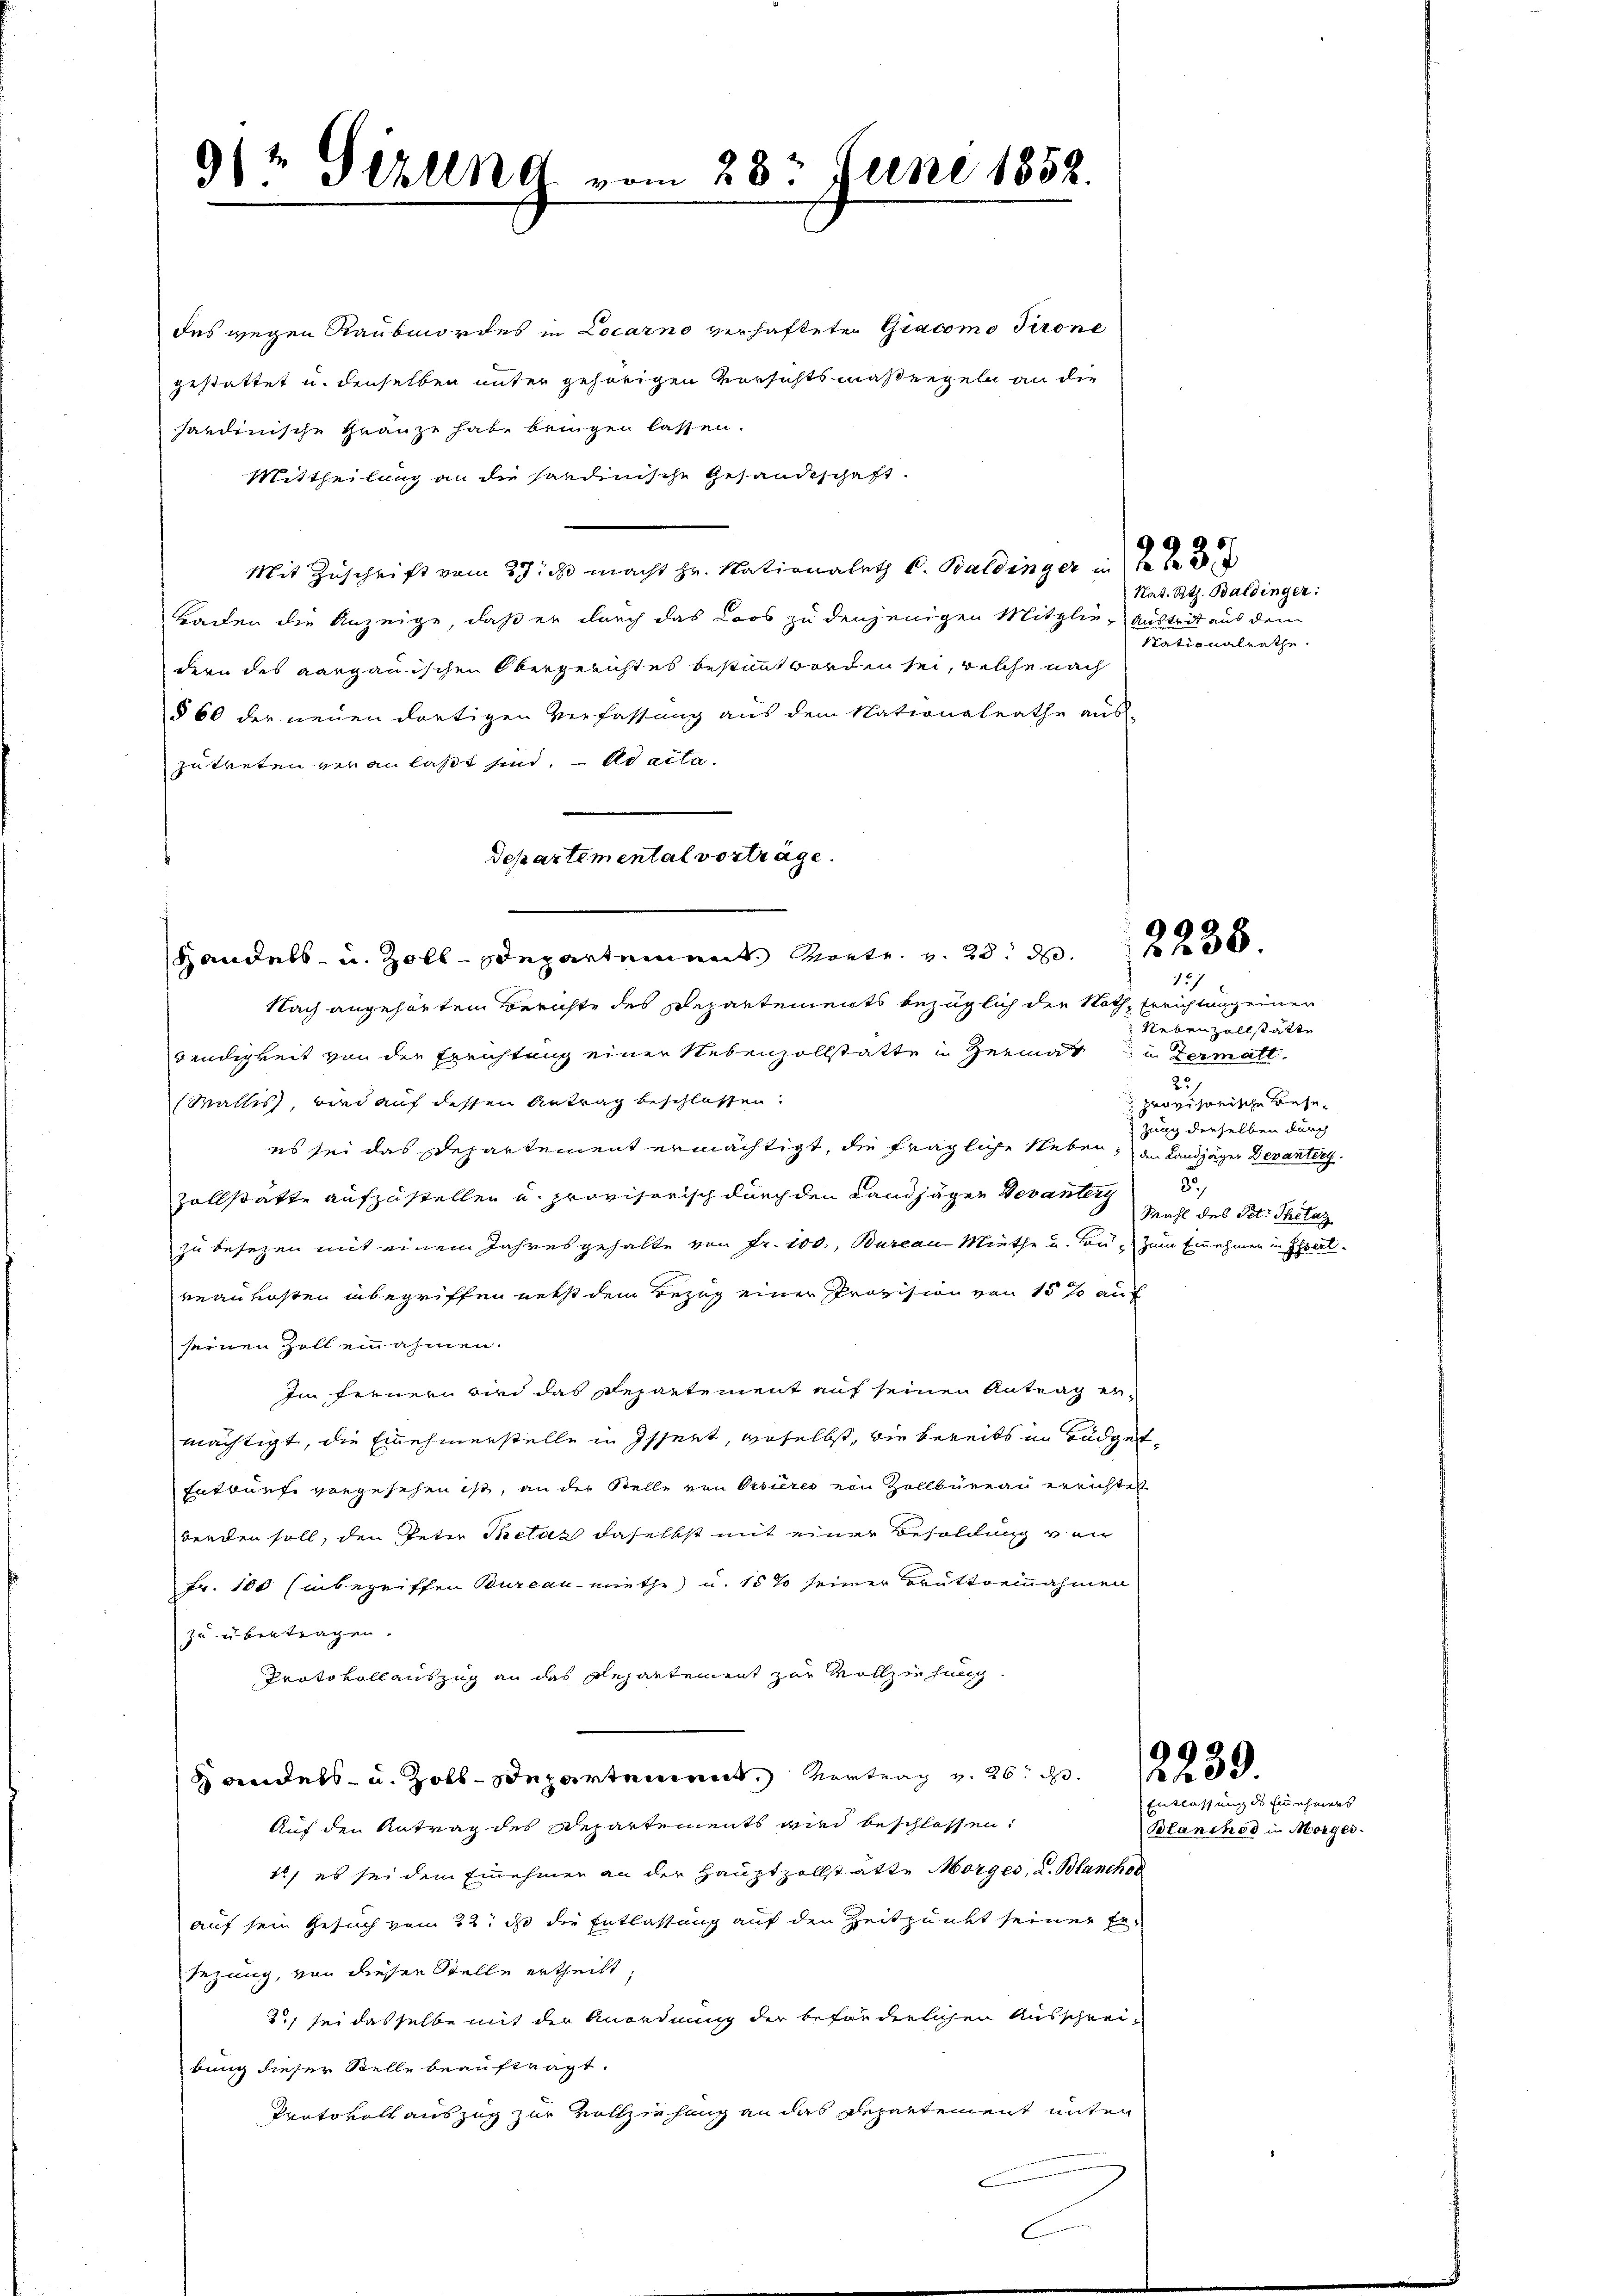
9/2 Gezung vom 28t Juni 1858.

des wegen Raubmordes in Locarno verhaftete Giacomo Tirone
gestattet u. denselben unter gehörigen Versichtsmaßregeln an die
hardinische Grauze habe bringen lassen.
Mittheilung an die sardinische Gesandtschaft.
Mit Zuschrift vom 29. ds. macht Hr. Nationaleth v. Baldinger
Baden die Anzeige, daß er durch das Loos zu denjenigen Mitglie-Austrit aus dem
dern des aargauischen Obergerichtes bestimmt worden sei, welche nach
§ 60 der neuen dortigen Verfassung aus dem Nationalrathe aus-
zutreten veranlaßt sind, ad acta.
Nach angehörten Berichte des Departements bezüglich die Noth Errichtung einer
wendigkeit von der Errichtung einer Nebenzollstatte in Heimatu dermall
Wallis, wird auf dessen Antrag beschlossen.
es sei das Departement ermächtigt, die fragliche Neben, den Landjäger Devanterg
Zollstätte aufzustellen u. provisorisch durch den Landjäger Veranterg
zu besezen mit einem Jahresgehalte von Fr. 100., Bureau-Miethe u. von zum Einehmen in Ihrerlveaukosten unbegriffen nebst dem Bezug einer Provision von 15 so auch
seinen Zoll einahmen.
Im freuern wird das Repartement auf seinen Antrag ermächtigt, die Einehmerstelle in Issert, woselbst, die bereits im Büdget¬
Entwurf vorgesehen ist, an der Stelle von Orsieres von Zollbüreau errichtet
werden soll, den Peter Bretaz daselbst mit einer Besoldung von
Fr. 100 Einbegriffen Bureau miethe u. 15 % seiner Bruttornahmen
zu übertragen.
Protokollauszug an das Repartement zur Vollziehung
.
Auf den Antrag des Departements wird beschlossen:
1) es sei dem Einnehmer an der Hauptzollstätte Morges, u. Blanches
auf sein Gesuch vom 22t ds die Entlassung auf den Zeitpunkt seiner Er-
sezung, von dieser Stelle ertheilt.
3) sei dasselbe mit der Anordnung der beförderlichen Ausschrei-
bung dieser Stelle beauftragt.
Protokoll auszug zur Vollziehung an das Repartement unter
C

Separtemental vorträge.
Handels- u. Zoll-Departement. Moetr. v. 281 f 30

Nat. Rth. Baldinger:
Nationalrathe.

121
Nebenzollstätte
25/
 provisorische Besezung derselben durch
5
Wahl des Pet: Thelaz

9

Entlassung des Einehmers
Blanchod in Morger.